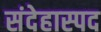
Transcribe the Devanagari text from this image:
संदेहास्‍पद